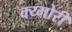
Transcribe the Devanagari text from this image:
क्य्मोरी